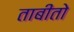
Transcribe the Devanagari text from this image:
ताबीतो